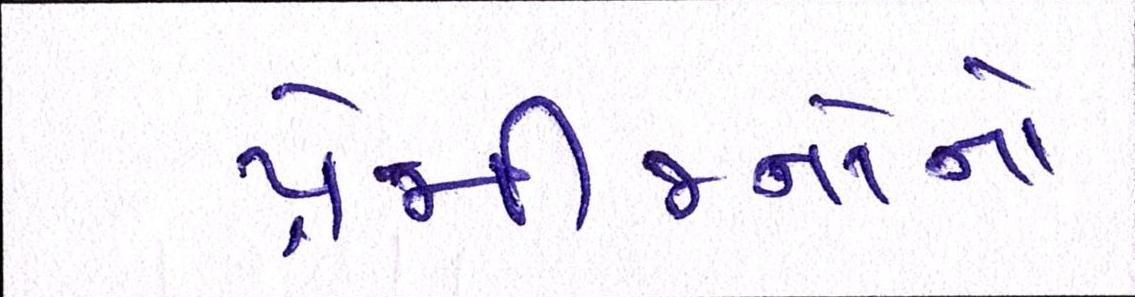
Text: પ્રેમીજનોનો